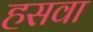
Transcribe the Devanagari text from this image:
हसवा